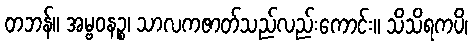
တဘန်။ အမ္ဗဝနဉ္စ၊ သာလကဇာတ်သည်လည်းကောင်း။ သိသိရကပိ၊